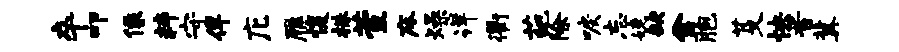
卒叩像粹守佯庀雁愎株萱床燥详衢葩除唳忘婕缺舍胞芟怏晋冀